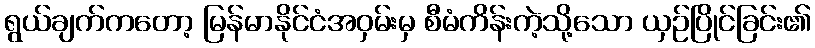
ရွယ်ချက်ကတော့ မြန်မာနိုင်ငံအဝှမ်းမှ စီမံကိန်းကဲ့သို့သော ယှဉ်ပြိုင်ခြင်း၏